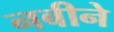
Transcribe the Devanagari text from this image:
नबीने